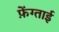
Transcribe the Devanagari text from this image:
फ़ेंग्ताई